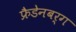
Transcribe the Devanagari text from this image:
फ्रैडेनबर्ग